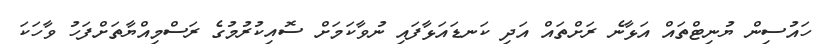
ހައުސިން ޔުނިޓްތައް އަޅާނެ ރަށްތައް އަދި ކަނޑައަޅާފައި ނުވާކަމަށް ސޮއިކުރުމުގެ ރަސްމިއްޔާތަށްފަހު ވާހަކަ